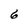
Character: 6